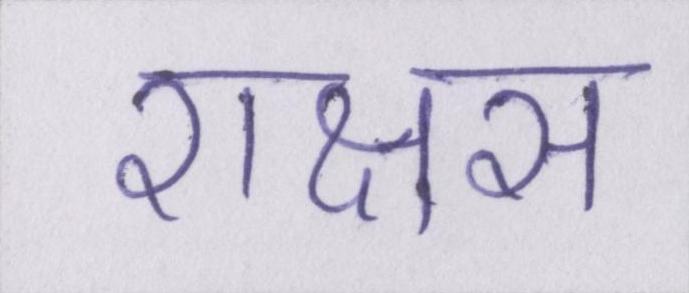
राक्षस